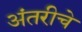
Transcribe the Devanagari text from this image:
अंतरीचे